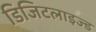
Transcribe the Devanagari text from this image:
डिजिटलाइज्ड